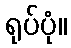
ရုပ်ပုံ။